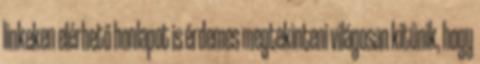
linkeken elérhető honlapot is érdemes megtekinteni világosan kitűnik, hogy